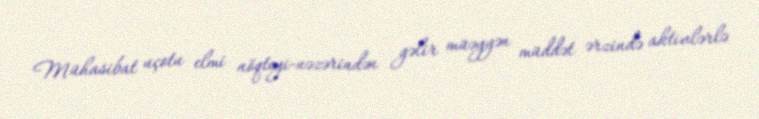
Mühasibat uçotu elmi nöqteyi-nəzərindən gəlir müəyyən müddət ərzində aktivlərlə